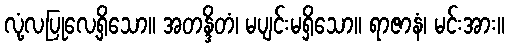
လုံ့လပြုလေ့ရှိသော။ အတန္ဒိတံ၊ မပျင်းမရှိသော။ ရာဇာနံ၊ မင်းအား။